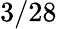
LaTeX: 3/28